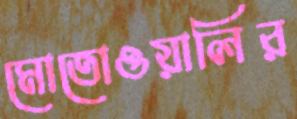
মোতোওয়ালির